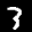
Label: 3